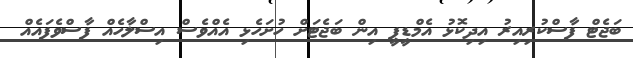
ބަޖެޓް ފާސްކުރިއިރު އިދިކޮޅު އެމްޑީޕީ އިން ބަޖެޓަށް ހުށަހެޅި އެއްވެސް އިސްލާހެއް ފާސްވެފައެއް